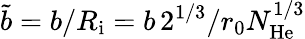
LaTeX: \tilde{b}=b/R_{\mathrm{i}}=b\, 2^{1/3}/r_{0}N_{\mathrm{He}}^{1/3}